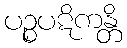
ပဉ္စပဋိကန္တိ